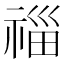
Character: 𥚉